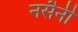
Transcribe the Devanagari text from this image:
नसैनी